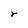
Character: r